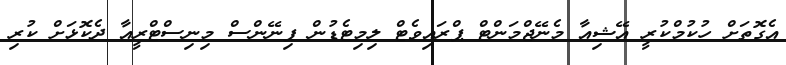
އެގޮތަށް ހުކުމްކުރީ އޭޝިއާ މެނޭޖްމަންޓް ޕްރައިވެޓް ލިމިޓެޑުން ފިނޭންސް މިނިސްޓްރީއާ ދެކޮޅަށް ކުރި